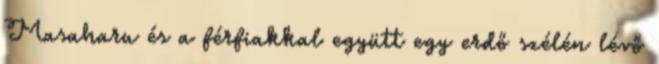
Masaharu és a férfiakkal együtt egy erdő szélén lévő